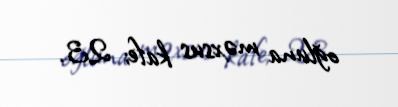
oğluna məxsus kafe; 23.